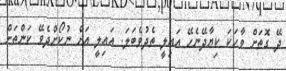
ދޭ ގޮތަށް ވާހަކަ ކިޔާދޭނެހޭ އައިލީ ތެދުވެބަލަ. އައިލީ އަށް ނުކޯށްދެވޭ ކަންތަށް